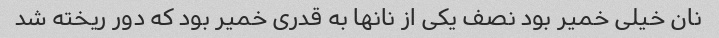
نان خیلی خمیر بود نصف یکی از نانها به قدری خمیر بود که دور ریخته شد